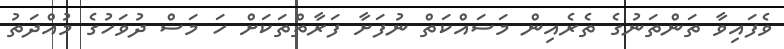
ވެފައިވާ ތަންތަނުގެ ތެރެއިން މަސައްކަތް ނުފަށާ ފަރާތްތަކަށް ހަ މަސް ދުވަހުގެ މުއްދަތު